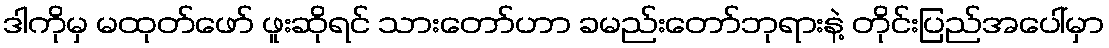
ဒါကိုမှ မထုတ်ဖော် ဖူးဆိုရင် သားတော်ဟာ ခမည်းတော်ဘုရားနဲ့ တိုင်းပြည်အပေါ်မှာ